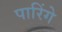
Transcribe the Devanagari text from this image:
पारिंगे